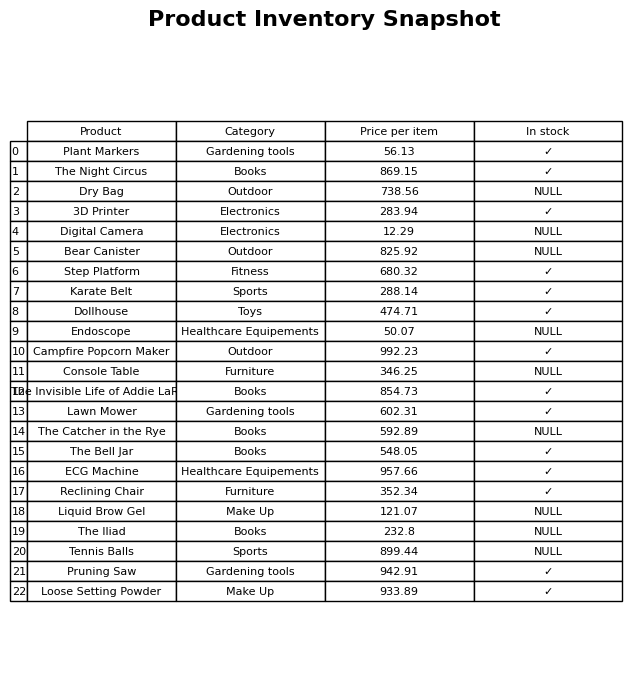
question: What is the stock status of the Dollhouse?
answer: ✓